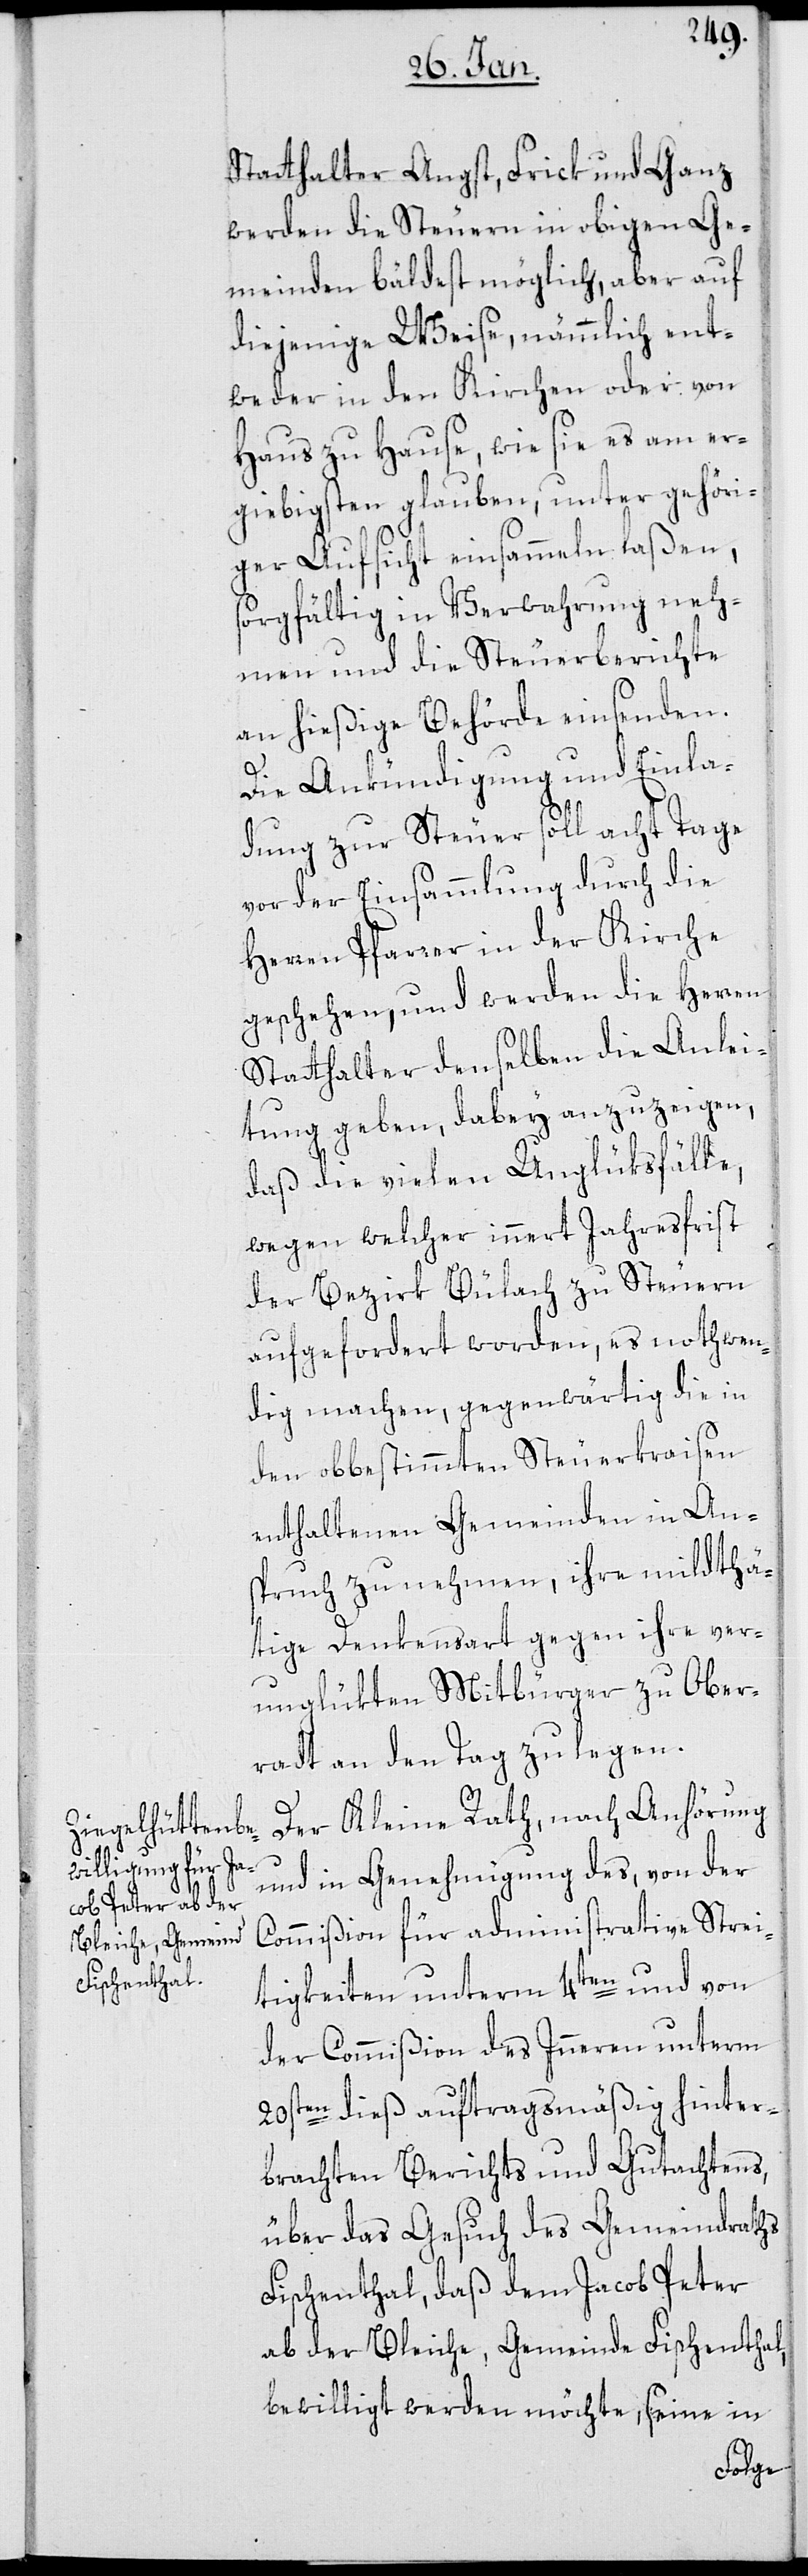
Statthalter Angst, Frick und Ganz
werden die Steuern in obigen Ge¬
meinden bäldest möglich, aber auf
diejenige Weise, nämmlich ent¬
weder in den Kirchen oder von
Haus zu Hause, wie sie es am er¬
giebigsten glauben, unter gehöri¬
ger Aufsicht einsammeln laßen,
sorgfältig in Verwahrung neh¬
men und die Steuerberichte
an hießige Behörde einsenden.
Die Ankündigung und Einla¬
dung zur Steuer soll acht Tage
vor der Einsammlung durch die
Herren Pfarrer in der Kirche
geschehen, und werden die Herren
Statthalter denselben die Anlei¬
tung geben, dabey anzuzeigen,
daß die vielen Unglüksfälle,
wegen welcher innert Jahresfrist
der Bezirk Bülach zu Steuern
aufgefordert worden, es nothwen¬
dig machen, gegenwärtig die in
den obbestimmten Steuerkraisen
enthaltenen Gemeinden in Ans¬
pruch zu nehmen, ihre mildthä¬
tige Denkensart gegen ihre ver¬
unglükten Mitbürger zu Ober¬
radt an den Tag zu legen.
Der Kleine Rath, nach Anhörung
und in Genehmigung des, von der
Commißion für administrative Strei¬
tigkeiten unterm 4ten und von
der Commißion des Inneren unterm
20sten dieß auftragsmäßig hinter¬
brachten Berichts und Gutachtens,
über das Gesuch des Gemeindraths
Fischenthal, daß dem Jacob Peter
ab der Bleiche, Gemeinde Fischenthal,
bewilligt werden möchte, seine in